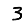
Digit: 3